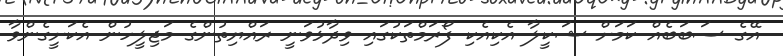
އޭގެ ސަބަބެއް ކަމަށް ޝަކީލާ އެކިއެކި ފޯރަމްތަކުގައި ވިދާޅުވަނީ ރައްޔިތުންގެ މަޖިލީހުން އެކަށީގެންވާ